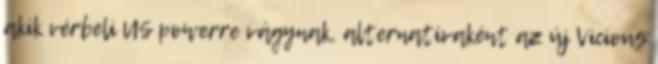
akik vérbeli US powerre vágynak, alternatívaként az új Vicious